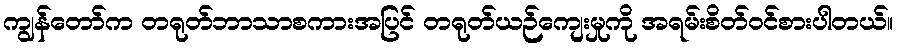
ကျွန်တော်က တရုတ်ဘာသာစကားအပြင် တရုတ်ယဉ်ကျေးမှုကို အရမ်းစိတ်ဝင်စားပါတယ်။